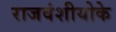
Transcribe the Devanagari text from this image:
राजवंशीयोके